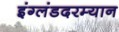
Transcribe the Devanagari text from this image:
इंग्लंडदरम्यान